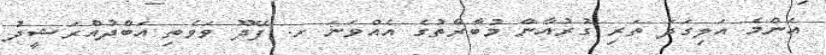
އެންމެ އަލިގަދަ ތަރި ގުރުއާން މުބާރާތުގެ އެއްވަނަ ށ. ފޭދޫ ވަވެތި އަބްދުއްރަޝީދު